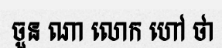
ចួន ណា លោក ហៅ ថា